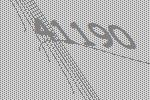
41190